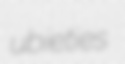
ubieties